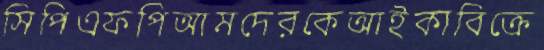
সিপিএফপিআমদেরকেআইকাবিক্রে